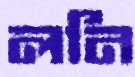
লনি